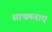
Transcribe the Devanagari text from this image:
साथमनाए